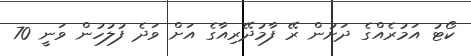
ކޯޓު އަމުރެއްގެ ދަށުން ރޭ ފާމުދޭރިއާގެ އަށް ވަދެ ފުލުހުން ވަނީ 70